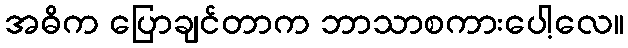
အဓိက ပြောချင်တာက ဘာသာစကားပေါ့လေ။